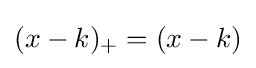
(x-k)_{+}=(x-k)